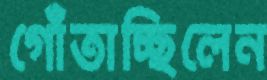
গোঁতাচ্ছিলেন